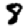
Digit: 8